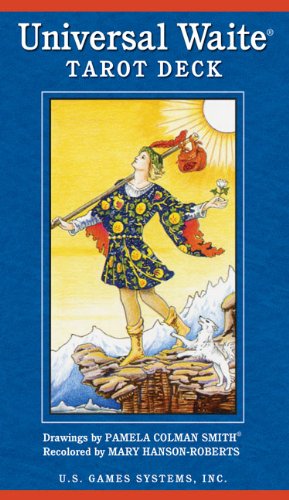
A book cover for Universal Waite Tarot Deck; Stuart R. Kaplan; Humor & Entertainment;